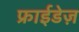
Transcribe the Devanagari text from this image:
फ्राईडेज़